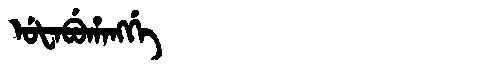
Manchu: ᡠᡶᠠᠪᡠᡥᠠᠩᡤᡝ
Romanization: UFABUHANGGE